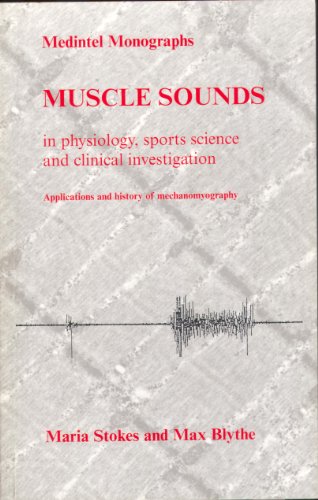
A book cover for Muscle Sounds In Physiology, Sports Science, And Clinical Investigation: Applications And History Of Mechanomyography; Maria Stokes; Sports & Outdoors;